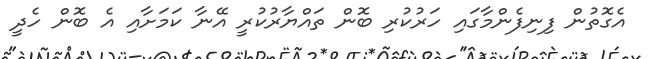
އެގޮތުން ފިނިފެންމާގައި ހަރުކުރި ބޮން ތައްޔާރުކުރީ އޭނާ ކަމަށާއި އެ ބޮން ހެދީ